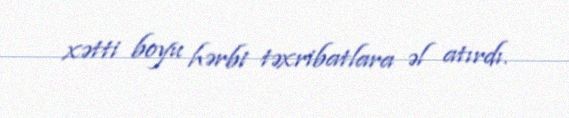
xətti boyu hərbi təxribatlara əl atırdı.